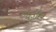
બહોત